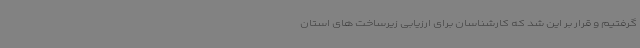
گرفتیم و قرار بر این شد که کارشناسان برای ارزیابی زیرساخت های استان